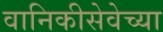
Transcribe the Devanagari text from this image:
वानिकीसेवेच्या